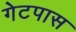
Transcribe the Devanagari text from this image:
गेटपास